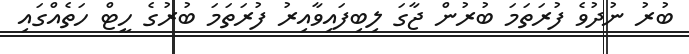
ބުރު ނުދުވެ ފުރަތަމަ ބުރުން ޖާގަ ލިބިފައިވާއިރު ފުރަތަމަ ބުރުގެ ހީޓް ހަތެއްގައި